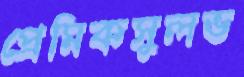
প্রেমিকসুলভ